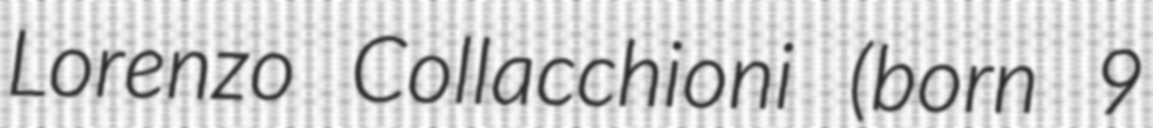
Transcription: Lorenzo Collacchioni (born 9